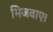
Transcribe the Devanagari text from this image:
भिजवाए।